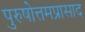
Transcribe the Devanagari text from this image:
पुरुषोत्तमप्रासाद